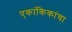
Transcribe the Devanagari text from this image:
एकांकिकांचा